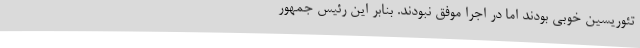
تئوریسین خوبی بودند اما در اجرا موفق نبودند. بنابر این رئیس جمهور